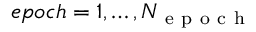
e p o c h = 1 , \ldots , N _ { \mathrm { ~ e ~ p ~ o ~ c ~ h ~ } }